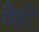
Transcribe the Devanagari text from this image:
वैही